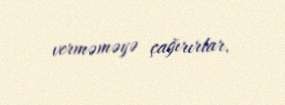
verməməyə çağırırlar.